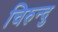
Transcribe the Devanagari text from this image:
चिरुन्दु